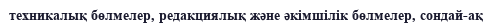
техникалық бөлмелер, редакциялық және әкімшілік бөлмелер, сондай-ақ